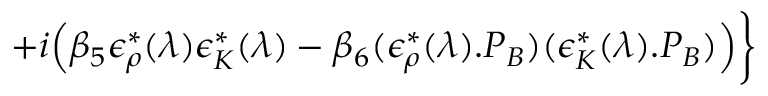
+ i \Big ( \beta _ { 5 } \epsilon _ { \rho } ^ { * } ( \lambda ) \epsilon _ { K } ^ { * } ( \lambda ) - \beta _ { 6 } ( \epsilon _ { \rho } ^ { * } ( \lambda ) . P _ { B } ) ( \epsilon _ { K } ^ { * } ( \lambda ) . P _ { B } ) \Big ) \bigg \rbrace